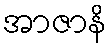
အာဇာနိ